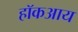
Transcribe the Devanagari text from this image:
हॉकआय